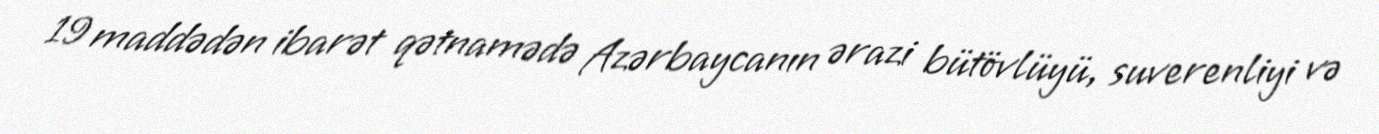
19 maddədən ibarət qətnamədə Azərbaycanın ərazi bütövlüyü, suverenliyi və